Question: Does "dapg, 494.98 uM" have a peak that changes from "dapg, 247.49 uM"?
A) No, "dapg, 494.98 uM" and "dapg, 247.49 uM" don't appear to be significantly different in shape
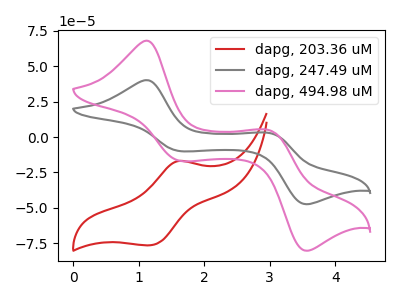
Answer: <think>The red curve "dapg, 203.36 uM" has an anodic peak at (1.60V, -16.95uA) and a cathodic peak at (1.15V, -76.45uA). The gray curve "dapg, 247.49 uM" has anodic peaks at (1.10V, 40.20uA) (3.00V, 2.80uA) and cathodic peaks at (1.65V, -10.00uA) (3.55V, -47.45uA). The pink curve "dapg, 494.98 uM" has anodic peaks at (1.10V, 68.05uA) (3.00V, 4.75uA) and cathodic peaks at (1.65V, -16.90uA) (3.55V, -80.35uA).
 All the peaks in "dapg, 494.98 uM" have a peak in "dapg, 247.49 uM" at the same potential. Every peak in "dapg, 494.98 uM" is higher than every peak in "dapg, 247.49 uM".</think>
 <answer>A) No, "dapg, 494.98 uM" and "dapg, 247.49 uM" don't appear to be significantly different in shape</answer>
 <eval>A</eval>